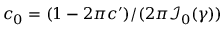
c _ { 0 } = ( 1 - 2 \pi c ^ { \prime } ) / ( 2 \pi \mathcal { I } _ { 0 } ( \gamma ) )